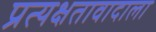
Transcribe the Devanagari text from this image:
प्रत्यक्षतावादाला